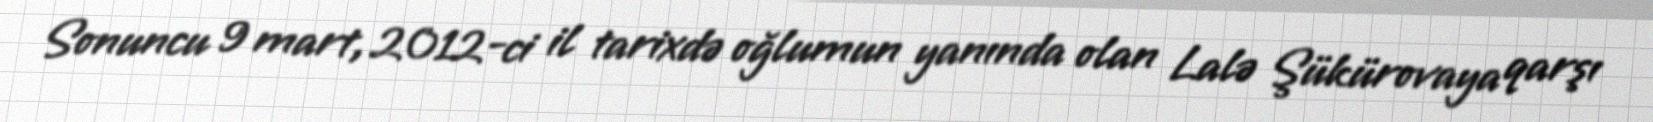
Sonuncu 9 mart, 2012-ci il tarixdə oğlumun yanında olan Lalə Şükürovaya qarşı